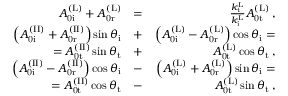
\begin{array} { r l r } { A _ { \mathrm { 0 i } } ^ { \mathrm { ( L ) } } + A _ { \mathrm { 0 r } } ^ { \mathrm { ( L ) } } } & { = } & { \frac { k _ { \mathrm { t } } ^ { \mathrm { L } } } { k _ { \mathrm { i } } ^ { \mathrm { L } } } A _ { \mathrm { 0 t } } ^ { \mathrm { ( L ) } } \, , } \\ { \left( A _ { \mathrm { 0 i } } ^ { \mathrm { ( I I ) } } + A _ { \mathrm { 0 r } } ^ { \mathrm { ( I I ) } } \right) \sin \theta _ { \mathrm { i } } } & { + } & { \left( A _ { \mathrm { 0 i } } ^ { \mathrm { ( L ) } } - A _ { \mathrm { 0 r } } ^ { \mathrm { ( L ) } } \right) \cos \theta _ { \mathrm { i } } = } \\ { = A _ { \mathrm { 0 t } } ^ { \mathrm { ( I I ) } } \sin \theta _ { \mathrm { t } } } & { + } & { A _ { \mathrm { 0 t } } ^ { \mathrm { ( L ) } } \cos \theta _ { \mathrm { t } } \, , } \\ { \left( A _ { \mathrm { 0 i } } ^ { \mathrm { ( I I ) } } - A _ { \mathrm { 0 r } } ^ { \mathrm { ( I I ) } } \right) \cos \theta _ { \mathrm { i } } } & { - } & { \left( A _ { \mathrm { 0 i } } ^ { \mathrm { ( L ) } } + A _ { \mathrm { 0 r } } ^ { \mathrm { ( L ) } } \right) \sin \theta _ { \mathrm { i } } = } \\ { = A _ { \mathrm { 0 t } } ^ { \mathrm { ( I I ) } } \cos \theta _ { \mathrm { t } } } & { - } & { A _ { \mathrm { 0 t } } ^ { \mathrm { ( L ) } } \sin \theta _ { \mathrm { t } } \, , } \end{array}